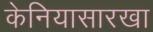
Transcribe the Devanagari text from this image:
केनियासारखा